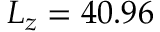
L _ { z } = 4 0 . 9 6